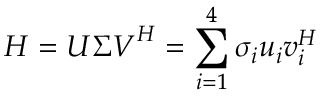
\boldsymbol { H } = \boldsymbol { U } \boldsymbol { \Sigma } \boldsymbol { V } ^ { H } = \sum _ { i = 1 } ^ { 4 } \sigma _ { i } \boldsymbol { u } _ { i } \boldsymbol { v } _ { i } ^ { H }